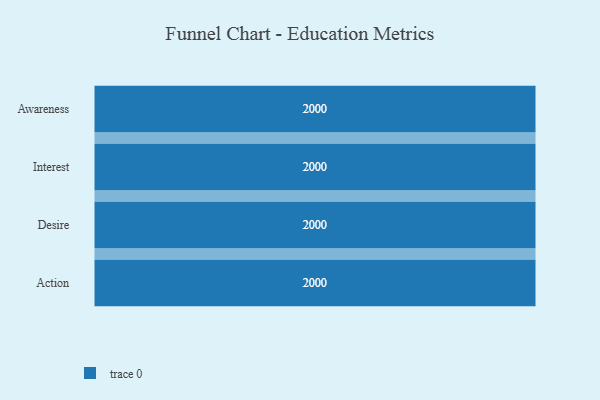
{"axis": {"x": "Stage", "y": "Value"}, "legend": [""], "data": [{"x": "Awareness", "y": 2000, "type": ""}, {"x": "Interest", "y": 2000, "type": ""}, {"x": "Desire", "y": 2000, "type": ""}, {"x": "Action", "y": 2000, "type": ""}]}